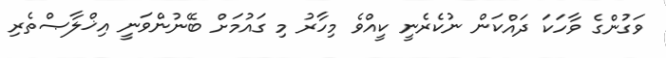
ވަގުންގެ ވާހަކަ ދައްކަން ނުކެރެނީ ކީއްވެ މިހާރު މި ގައުމަށް ބޭނުންވަނީ އިޚްލާޞްތެރި